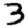
Digit: 3